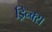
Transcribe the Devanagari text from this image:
ड्रिन्क्स